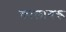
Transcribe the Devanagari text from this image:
कालागरू